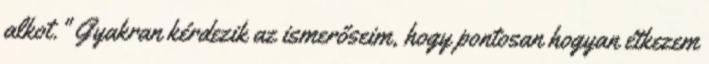
alkot." Gyakran kérdezik az ismerőseim, hogy pontosan hogyan étkezem